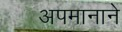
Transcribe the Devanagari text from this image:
अपमानाने